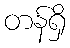
တန်ရှိ